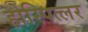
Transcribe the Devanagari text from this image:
होस्पित्लर